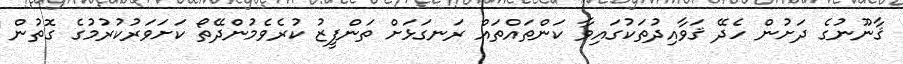
ޤާނޫނުގެ ދަށުން ހެދޭ ޤަވާއިދުތަކުގައިވާ ކަންތައްތައް ރަނގަޅަށް ތަންފީޒު ކުރެވެމުންދޭތޯ ކަށަވަރުކުރުމުގެ ގޮތުން